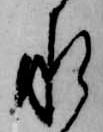
承